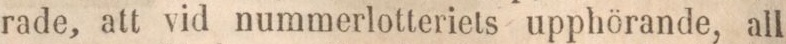
rade, att vid nummerlotteriets upphörande, all